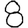
Digit: 8